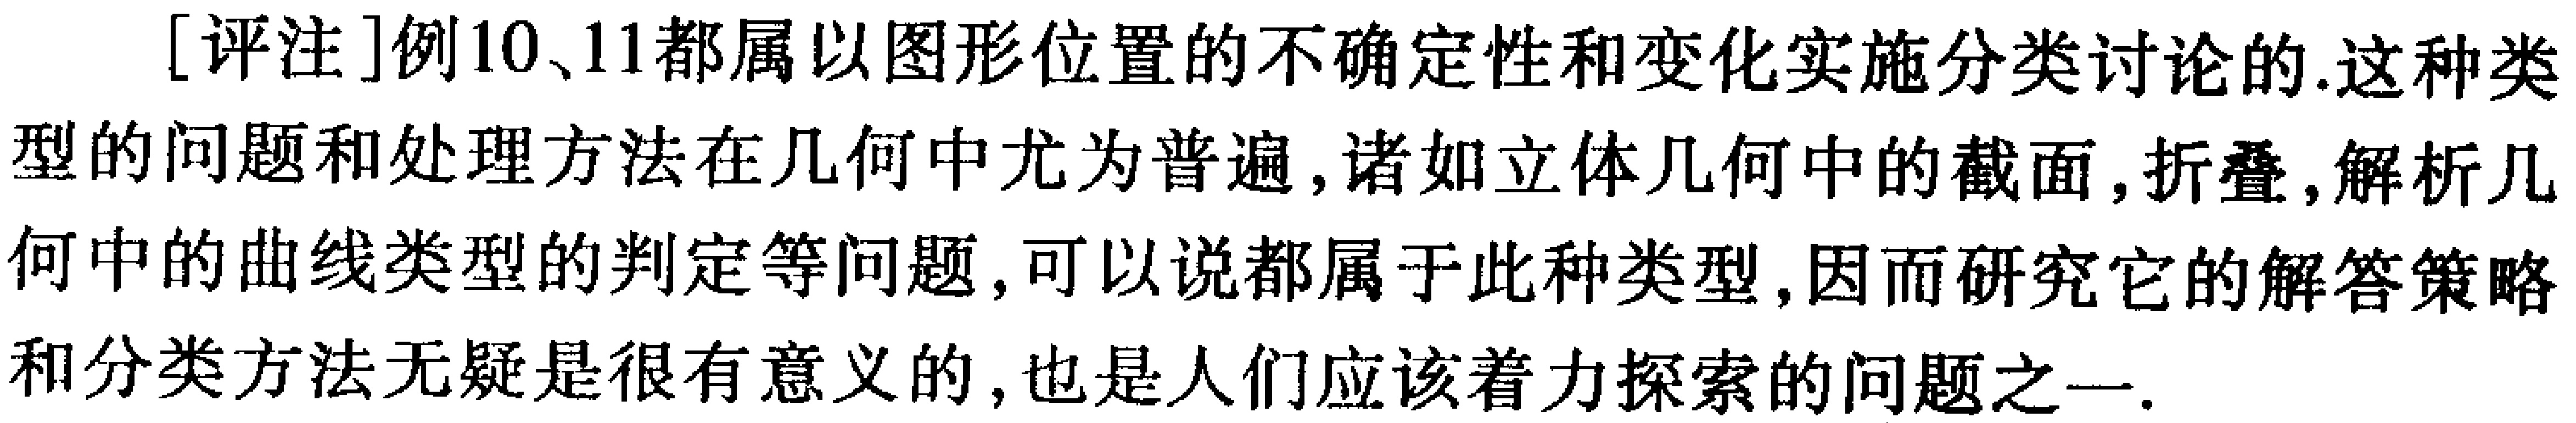
[评注]例10、11都属以图形位置的不确定性和变化实施分类讨论的.这种类型的问题和处理方法在几何中尤为普遍,诸如立体几何中的截面,折叠,解析几何中的曲线类型的判定等问题,可以说都属于此种类型,因而研究它的解答策略和分类方法无疑是很有意义的,也是人们应该着力探索的问题之一.